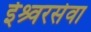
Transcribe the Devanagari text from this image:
ईश्र्वरसेवा